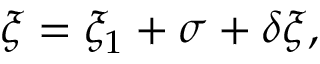
\xi = \xi _ { 1 } + \sigma + \delta \xi ,